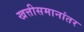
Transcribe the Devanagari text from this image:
खत्तीसमानांतर